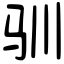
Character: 驯